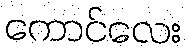
ကောင်လေး